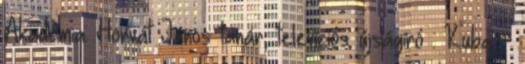
Akadémia: Horvát János tanár, televíziós újságíró : Kuba –